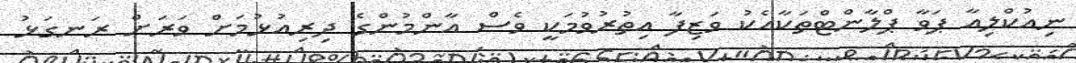
ނިއުކްލިއާ ޕަވާ ޕްލާންޓްތަކާއެކު ވަޒިފާ އިތުރުވުމަކީ ވެސް އާންމުންގެ ދިރިއުޅުމަށް ވަރަށް ރަނގަޅު